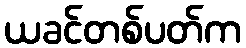
ယခင်တစ်ပတ်က